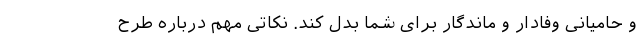
و حامیانی وفادار و ماندگار برای شما بدل کند. نکاتی مهم درباره طرح